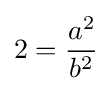
2={a^{2} \over b^{2}}